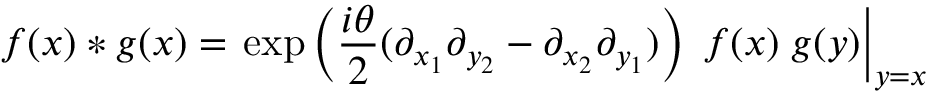
f ( x ) * g ( x ) = \left. \exp \left( \frac { i \theta } { 2 } ( \partial _ { x _ { 1 } } \partial _ { y _ { 2 } } - \partial _ { x _ { 2 } } \partial _ { y _ { 1 } } ) \right) \; f ( x ) \; g ( y ) \right| _ { y = x }